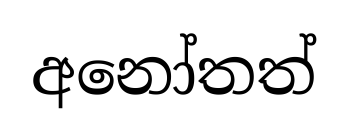
අනෝතත්